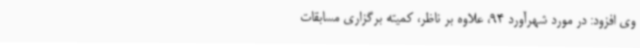
وی افزود: در مورد شهرآورد 94، علاوه بر ناظر، کمیته برگزاری مسابقات